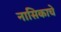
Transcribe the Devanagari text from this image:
नासिकाचे